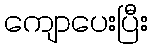
ကျောပေးပြီး